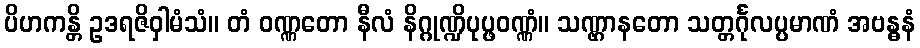
ပိဟကန္တိ ဥဒရဇိဝှါမံသံ။ တံ ဝဏ္ဏတော နီလံ နိဂ္ဂုဏ္ဍိပုပ္ဖဝဏ္ဏံ။ သဏ္ဌာနတော သတ္တင်္ဂုလပ္ပမာဏံ အဗန္ဓနံ